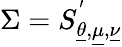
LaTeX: \Sigma=S_{\underline{{\theta}},\underline{{\mu}},\underline{{\nu}}}^{'}